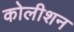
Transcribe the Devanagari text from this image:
कोलीशन